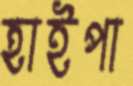
হাইপা